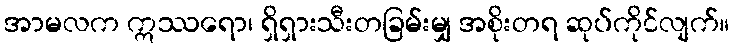
အာမလက ဣဿရော၊ ရှိရှားသီးတခြမ်းမျှ အစိုးတရ ဆုပ်ကိုင်လျက်။